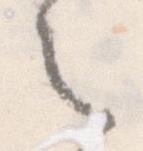
之